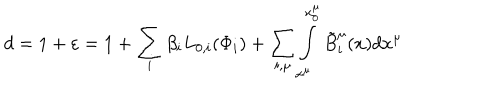
LaTeX: d = 1 + \varepsilon = 1 + \sum _ { i } { \beta _ { i } L _ { 0 , i } ( \Phi _ { i } ) } + \sum _ { i , \mu } { \int _ { x ^ { \mu } } ^ { x _ { 0 } ^ { \mu } } { \tilde { B } _ { i } ^ { \mu } ( x ) d x ^ { \mu } } }